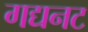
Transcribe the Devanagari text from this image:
गद्यनट